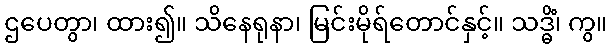
ဌပေတွာ၊ ထား၍။ သိနေရုနာ၊ မြင်းမိုရ်တောင်နှင့်။ သဒ္ဓိံ၊ ကွ။